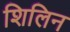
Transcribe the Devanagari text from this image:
शिलिन